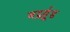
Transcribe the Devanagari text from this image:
जर्ट्र्यूड